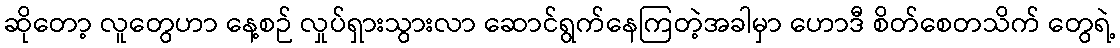
ဆိုတော့ လူတွေဟာ နေ့စဉ် လှုပ်ရှားသွားလာ ဆောင်ရွက်နေကြတဲ့အခါမှာ ဟောဒီ စိတ်စေတသိက် တွေရဲ့